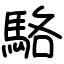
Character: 駱